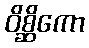
ဝိစ္ဆိကော